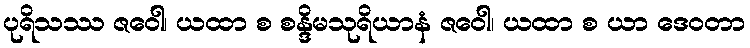
ပုရိသဿ ဇဝေါ၊ ယထာ စ စန္ဒိမသုရိယာနံ ဇဝေါ၊ ယထာ စ ယာ ဒေဝတာ